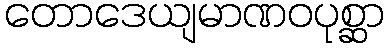
တောဒေယျမာဏဝပုစ္ဆာ